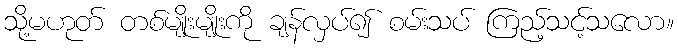
သို့မဟုတ် တစ်မျိုးမျိုးကို ချန်လှပ်၍ စမ်းသပ် ကြည့်သင့်သလော။